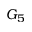
G _ { 5 }